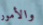
والأمور